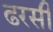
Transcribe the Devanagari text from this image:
ढरसी